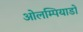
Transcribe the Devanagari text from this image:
ओलम्पियाडो